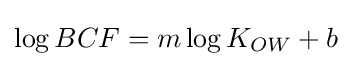
\log BCF=m\log K_{OW}+b